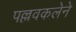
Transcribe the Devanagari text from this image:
पल्लवकलेने